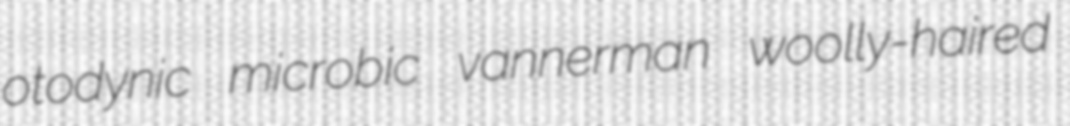
otodynic microbic vannerman woolly-haired